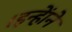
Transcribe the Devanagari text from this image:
।इन्हाेंने